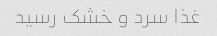
غذا سرد و خشک رسید